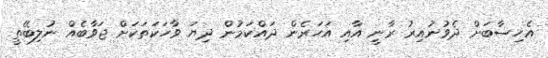
އެހިސާބަށް ދެވުނުއިރު ރާނީ އާއި އަހަރެން ދައްކަމުން ދިޔަ ވާހަކަތަކަށް ޖަވާބެއް ނުލިބޭތީ